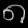
Digit: ၈